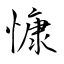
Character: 慷